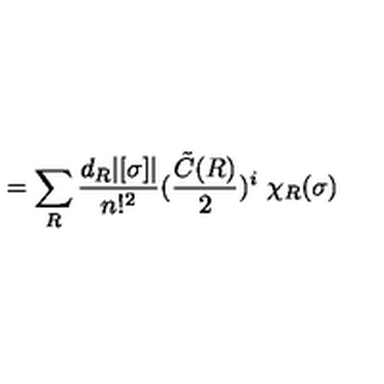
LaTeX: = \sum _ { R } \frac { d _ { R } | [ \sigma ] | } { n ! ^ { 2 } } ( \frac { { \tilde { C } } ( R ) } { 2 } ) ^ { i } \ \chi _ { R } ( \sigma )